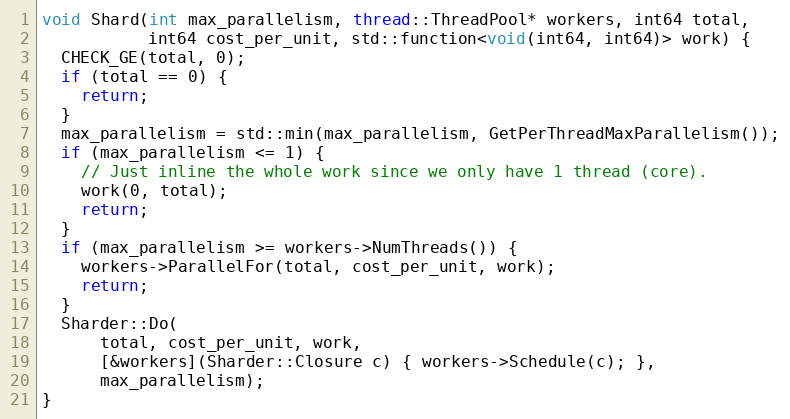
Language: C++
void Shard(int max_parallelism, thread::ThreadPool* workers, int64 total,
           int64 cost_per_unit, std::function<void(int64, int64)> work) {
  CHECK_GE(total, 0);
  if (total == 0) {
    return;
  }
  max_parallelism = std::min(max_parallelism, GetPerThreadMaxParallelism());
  if (max_parallelism <= 1) {
    // Just inline the whole work since we only have 1 thread (core).
    work(0, total);
    return;
  }
  if (max_parallelism >= workers->NumThreads()) {
    workers->ParallelFor(total, cost_per_unit, work);
    return;
  }
  Sharder::Do(
      total, cost_per_unit, work,
      [&workers](Sharder::Closure c) { workers->Schedule(c); },
      max_parallelism);
}